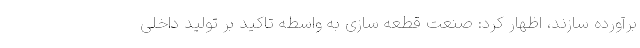
برآورده سازند، اظهار کرد: صنعت قطعه سازی به واسطه تاکید بر تولید داخلی